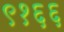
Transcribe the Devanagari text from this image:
९१६६